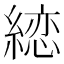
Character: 𦃳